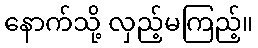
နောက်သို့ လှည့်မကြည့်။